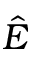
\hat { E }